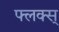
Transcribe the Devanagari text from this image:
फ्लक्स्